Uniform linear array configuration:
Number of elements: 48
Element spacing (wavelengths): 1
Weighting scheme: cosine
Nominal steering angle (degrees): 45
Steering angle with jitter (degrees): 43.646
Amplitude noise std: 0.05
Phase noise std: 0.05

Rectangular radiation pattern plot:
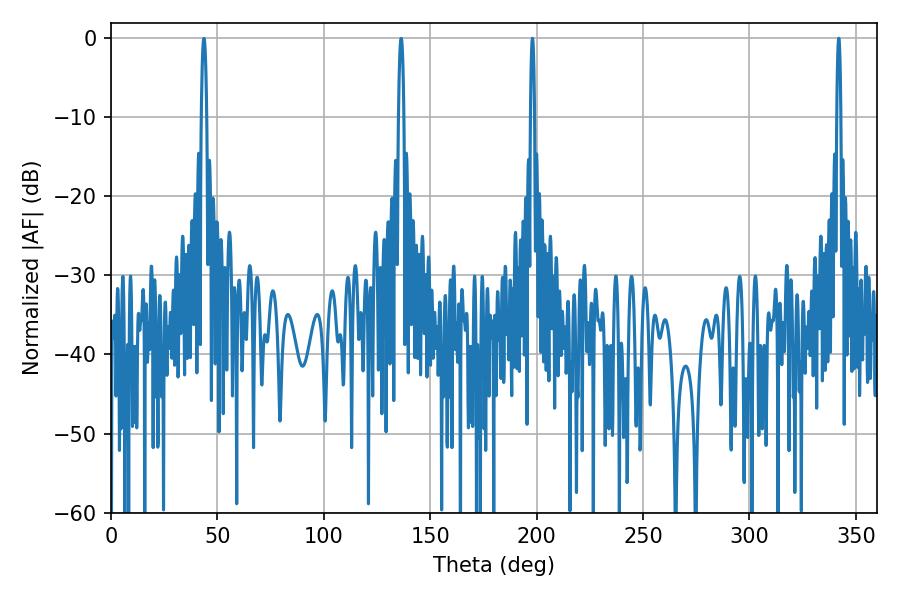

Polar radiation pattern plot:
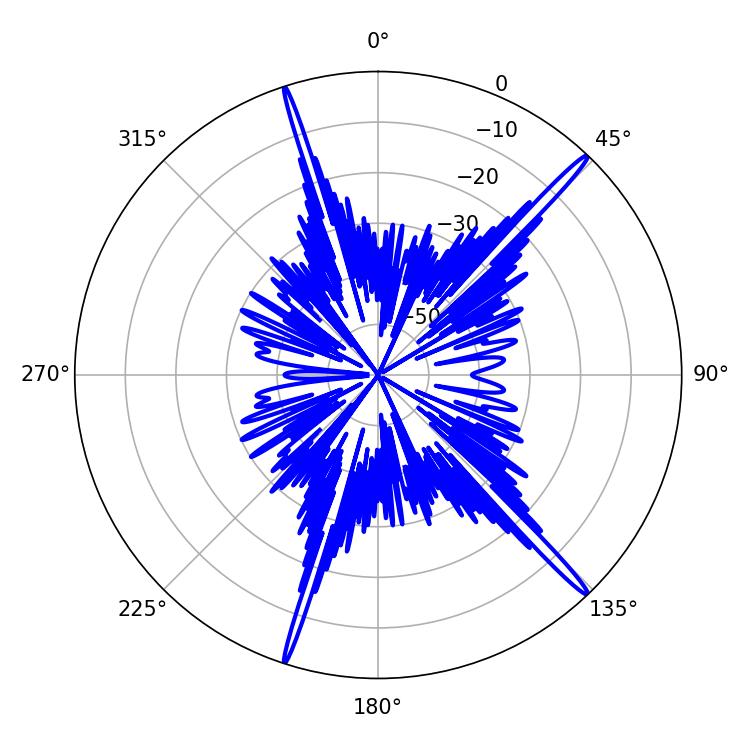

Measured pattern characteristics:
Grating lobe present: TRUE
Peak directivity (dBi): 18.788
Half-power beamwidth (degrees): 1.08
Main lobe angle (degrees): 342